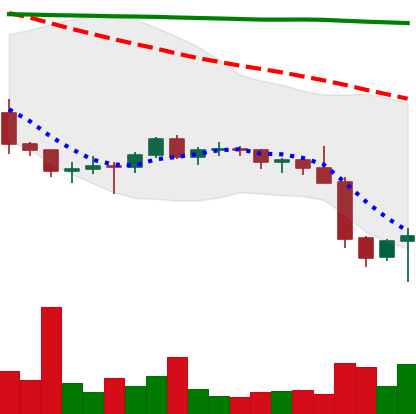
Ticker: BTC-USD
Chart end date: 2022-01-24
Forward return: 4.048%
Label: up_3_5